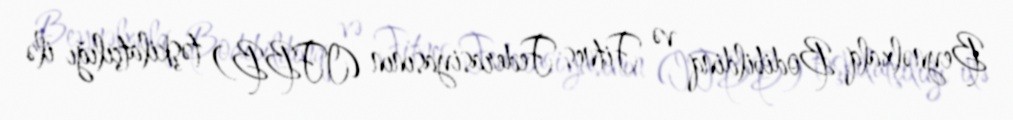
Beynəlxalq Bodibildinq və Fitnes Federasiyasının (IFBB) təşkilatçılığı ilə